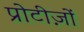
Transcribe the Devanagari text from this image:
प्रोटीज़ों